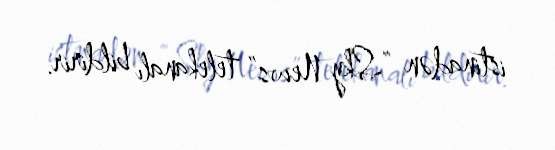
istinadən “Sky News” telekanalı bildirir.